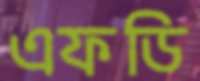
এফডি